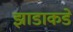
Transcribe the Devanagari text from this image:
झाडाकडे